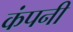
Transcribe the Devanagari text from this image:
कंपनी